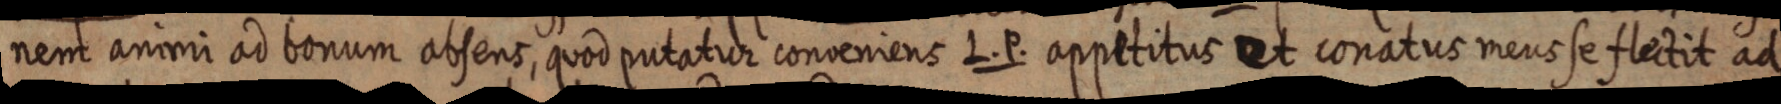
nem animi ad bonum absens, quod putatur conveniens L. P. appetitus et conatus meus se flectit ad